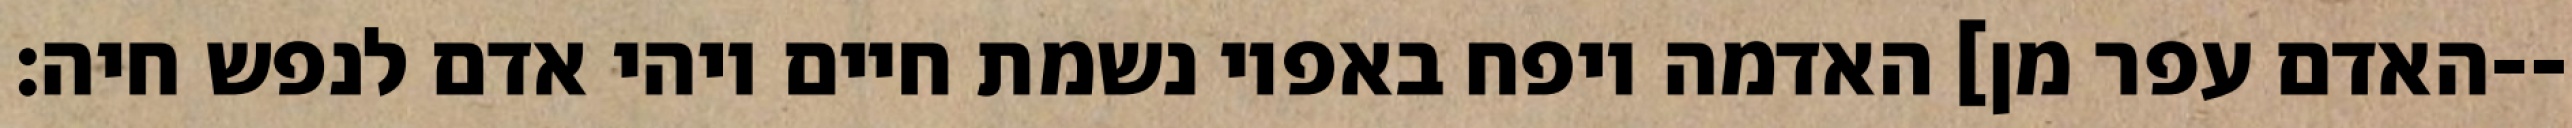
האדם עפר מן] האדמה ויפח באפיו נשמת חיים ויהי אדם לנפש חיה׃--